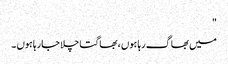
"
میں بھاگ رہا ہوں ، بھاگتا چلا جارہا ہوں ۔